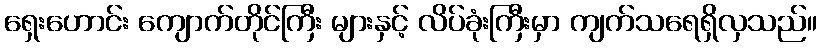
ရှေးဟောင်း ကျောက်တိုင်ကြီး များနှင့် လိပ်ခုံးကြီးမှာ ကျက်သရေရှိလှသည်။